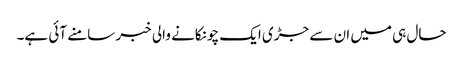
حال ہی میں ان سے جڑی ایک چونکانے والی خبر سامنے آئی ہے۔